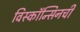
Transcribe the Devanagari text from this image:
विस्कॉन्सिनची